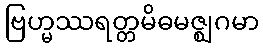
ဗြဟ္မဿရတ္တမိဓမဇ္ဈဂမာ